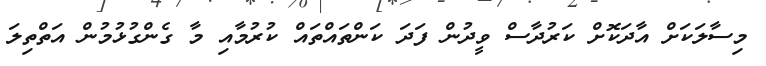
މިސާލަކަށް އާދަކޮށް ކަރުދާސް ވީދުން ފަދަ ކަންތައްތައް ކުރުމާއި މާ ގެންގުޅުމުން އަތްތިލަ